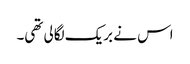
اس نے بریک لگالی تھی۔